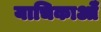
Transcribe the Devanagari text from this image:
याचिकाओँ